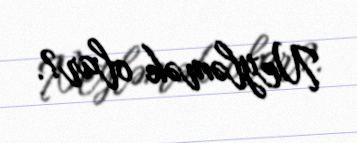
Neyləmək olar?.